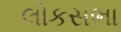
લોકસભા